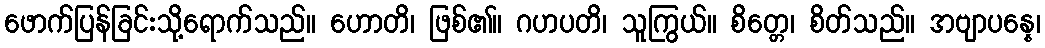
ဖောက်ပြန်ခြင်းသို့ရောက်သည်။ ဟောတိ၊ ဖြစ်၏။ ဂဟပတိ၊ သူကြွယ်။ စိတ္တေ၊ စိတ်သည်။ အဗျာပန္နေ၊